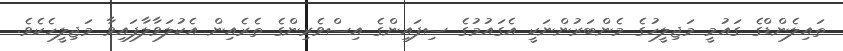
ތައިލެންޑްގެ ގައުމީ މަޖިލީހުގެ މެންބަރުންނަކީ އެގައުމުގެ ސިފައިންގެ އިސްވެރިންގެ ތެރެއިން އެކުލަވާލާފައިވާ މަޖިލީހެކެވެ.